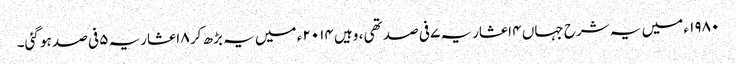
۱۹۸۰ ء میں یہ شرح جہاں ۴ اعشاریہ ۷ فی صد تھی ، وہیں ۲۰۱۴ ء میں یہ بڑھ کر ۸ اعشاریہ ۵ فی صد ہو گئی۔